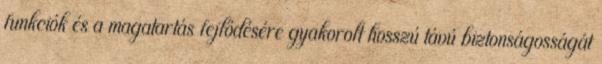
funkciók és a magatartás fejlődésére gyakorolt hosszú távú biztonságosságát